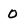
Character: 0